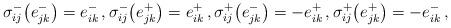
LaTeX: \begin{align*}\sigma^-_{ij} \bigl( e^-_{jk} \bigr) = e^-_{ik} \, , \sigma^-_{ij} \bigl( e^+_{jk} \bigr) = e^+_{ik} \, , \sigma^+_{ij} \bigl( e^-_{jk} \bigr) = -e^+_{ik} \, , \sigma^+_{ij}\bigl( e^+_{jk} \bigr) = -e^-_{ik} \, ,\end{align*}